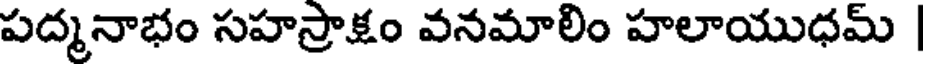
పద్మనాభం సహస్రాక్షం వనమాలిం హలాయుధమ్ |